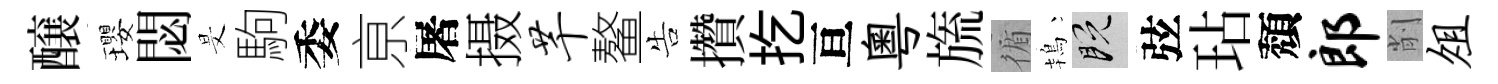
醸瓔閟旻駒委亰屠摄芊鳌告攢扢亘粤旒循鴇既弦玷頽郎削俎